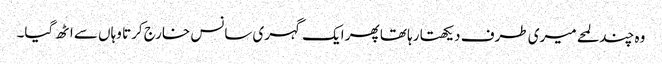
وہ چند لمحے میری طرف دیکھتا رہا تھا پھر ایک گہری سانس خارج کرتا وہاں سے اٹھ گیا۔